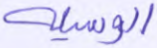
الوسيلة